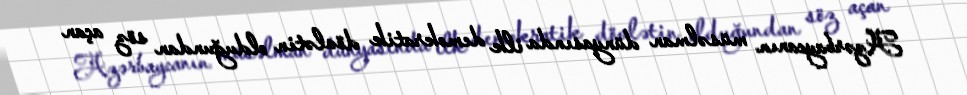
Azərbaycanın müsəlman dünyasında ilk demokratik dövlətin olduğundan söz açan